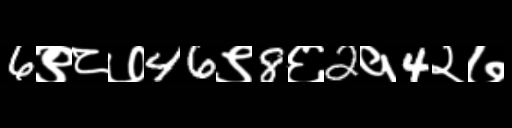
Text: 6९८७46९8६2१4२७